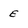
Character: E